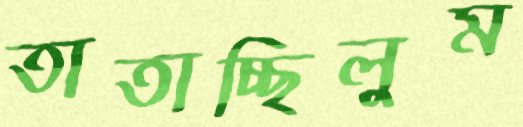
তাতাচ্ছিলুম